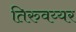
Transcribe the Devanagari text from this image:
तिरुवय्यर